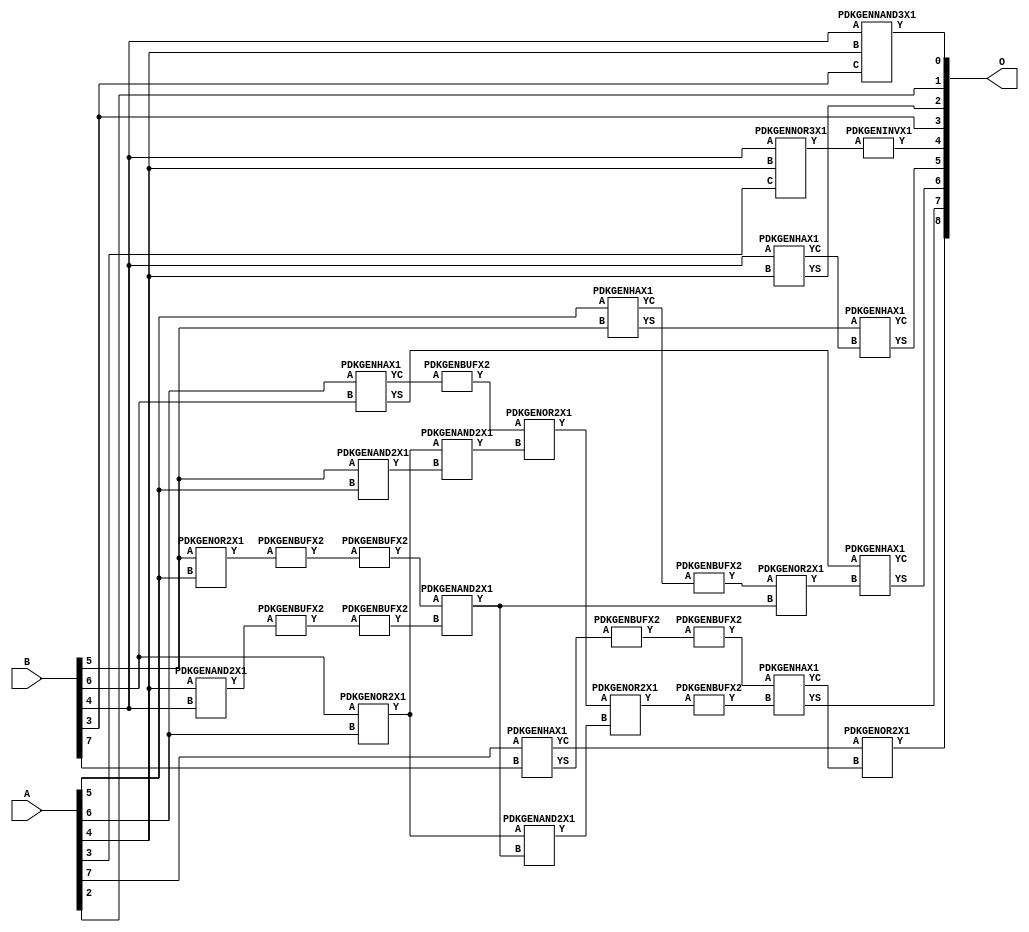
// Library = EvoApprox8b
// Circuit = add8_276
// Area   (180) = 1244
// Delay  (180) = 0.980
// Power  (180) = 339.00
// Area   (45) = 86
// Delay  (45) = 0.410
// Power  (45) = 26.98
// Nodes = 30
// HD = 188032
// MAE = 5.58398
// MSE = 46.87500
// MRE = 2.95 %
// WCE = 17
// WCRE = 112 %
// EP = 94.0 %

module add8_276(A, B, O);
  input [7:0] A;
  input [7:0] B;
  output [8:0] O;
  wire [2031:0] N;

  assign N[0] = A[0];
  assign N[1] = A[0];
  assign N[2] = A[1];
  assign N[3] = A[1];
  assign N[4] = A[2];
  assign N[5] = A[2];
  assign N[6] = A[3];
  assign N[7] = A[3];
  assign N[8] = A[4];
  assign N[9] = A[4];
  assign N[10] = A[5];
  assign N[11] = A[5];
  assign N[12] = A[6];
  assign N[13] = A[6];
  assign N[14] = A[7];
  assign N[15] = A[7];
  assign N[16] = B[0];
  assign N[17] = B[0];
  assign N[18] = B[1];
  assign N[19] = B[1];
  assign N[20] = B[2];
  assign N[21] = B[2];
  assign N[22] = B[3];
  assign N[23] = B[3];
  assign N[24] = B[4];
  assign N[25] = B[4];
  assign N[26] = B[5];
  assign N[27] = B[5];
  assign N[28] = B[6];
  assign N[29] = B[6];
  assign N[30] = B[7];
  assign N[31] = B[7];

  PDKGENOR2X1 n42(.A(N[28]), .B(N[12]), .Y(N[42]));
  assign N[43] = N[42];
  PDKGENAND2X1 n46(.A(N[26]), .B(N[10]), .Y(N[46]));
  assign N[47] = N[46];
  PDKGENNOR3X1 n48(.A(N[24]), .B(N[8]), .C(N[6]), .Y(N[48]));
  assign N[49] = N[48];
  PDKGENAND2X1 n68(.A(N[8]), .B(N[24]), .Y(N[68]));
  PDKGENBUFX2 n70(.A(N[68]), .Y(N[70]));
  assign N[71] = N[70];
  PDKGENHAX1 n72(.A(N[24]), .B(N[8]), .YS(N[72]), .YC(N[73]));
  PDKGENHAX1 n78(.A(N[10]), .B(N[26]), .YS(N[78]), .YC(N[79]));
  PDKGENBUFX2 n80(.A(N[79]), .Y(N[80]));
  assign N[81] = N[80];
  PDKGENNAND3X1 n84(.A(N[24]), .B(N[8]), .C(N[22]), .Y(N[84]));
  assign N[85] = N[84];
  PDKGENHAX1 n86(.A(N[12]), .B(N[28]), .YS(N[86]), .YC(N[87]));
  PDKGENHAX1 n96(.A(N[14]), .B(N[30]), .YS(N[96]), .YC(N[97]));
  PDKGENOR2X1 n134(.A(N[26]), .B(N[10]), .Y(N[134]));
  assign N[135] = N[134];
  PDKGENBUFX2 n136(.A(N[135]), .Y(N[136]));
  PDKGENBUFX2 n142(.A(N[87]), .Y(N[142]));
  assign N[143] = N[142];
  PDKGENBUFX2 n152(.A(N[71]), .Y(N[152]));
  PDKGENAND2X1 n162(.A(N[43]), .B(N[47]), .Y(N[162]));
  PDKGENBUFX2 n164(.A(N[96]), .Y(N[164]));
  assign N[165] = N[164];
  PDKGENINVX1 n176(.A(N[49]), .Y(N[176]));
  assign N[177] = N[176];
  PDKGENOR2X1 n180(.A(N[143]), .B(N[162]), .Y(N[180]));
  PDKGENBUFX2 n206(.A(N[136]), .Y(N[206]));
  assign N[207] = N[206];
  PDKGENAND2X1 n226(.A(N[207]), .B(N[152]), .Y(N[226]));
  PDKGENOR2X1 n244(.A(N[81]), .B(N[226]), .Y(N[244]));
  assign N[245] = N[244];
  PDKGENAND2X1 n254(.A(N[43]), .B(N[226]), .Y(N[254]));
  PDKGENOR2X1 n272(.A(N[180]), .B(N[254]), .Y(N[272]));
  PDKGENBUFX2 n348(.A(N[272]), .Y(N[348]));
  PDKGENBUFX2 n376(.A(N[165]), .Y(N[376]));
  assign N[377] = N[376];
  PDKGENHAX1 n394(.A(N[78]), .B(N[73]), .YS(N[394]), .YC(N[395]));
  PDKGENHAX1 n404(.A(N[86]), .B(N[245]), .YS(N[404]), .YC(N[405]));
  PDKGENHAX1 n412(.A(N[377]), .B(N[348]), .YS(N[412]), .YC(N[413]));
  PDKGENOR2X1 n422(.A(N[97]), .B(N[413]), .Y(N[422]));

  assign O[0] = N[85];
  assign O[1] = N[4];
  assign O[2] = N[72];
  assign O[3] = N[22];
  assign O[4] = N[177];
  assign O[5] = N[394];
  assign O[6] = N[404];
  assign O[7] = N[412];
  assign O[8] = N[422];

endmodule
/* mod */
module PDKGENNAND3X1(input A, input B, input C, output Y );
     assign Y = ~((A & B) & C);
endmodule
/* mod */
module PDKGENHAX1( input A, input B, output YS, output YC );
    assign YS = A ^ B;
    assign YC = A & B;
endmodule
/* mod */
module PDKGENOR2X1(input A, input B, output Y );
     assign Y = A | B;
endmodule
/* mod */
module PDKGENAND2X1(input A, input B, output Y );
     assign Y = A & B;
endmodule
/* mod */
module PDKGENINVX1(input A, output Y );
     assign Y = ~A;
endmodule
/* mod */
module PDKGENNOR3X1(input A, input B, input C, output Y );
     assign Y = ~((A | B) | C);
endmodule
/* mod */
module PDKGENBUFX2(input A, output Y );
     assign Y = A;
endmodule